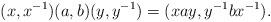
LaTeX: \begin{align*}(x,x^{-1})(a,b)(y,y^{-1})=(xay,y^{-1}bx^{-1}).\end{align*}